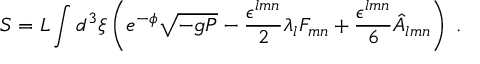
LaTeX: S = L \int d ^ { 3 } \xi \left( e ^ { - \phi } \sqrt { - g P } - \frac { \epsilon ^ { l m n } } { 2 } \lambda _ { l } { \cal F } _ { m n } + \frac { \epsilon ^ { l m n } } { 6 } \hat { A } _ { l m n } \right) \; .